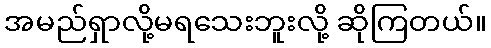
အမည်ရှာလို့မရသေးဘူးလို့ ဆိုကြတယ်။